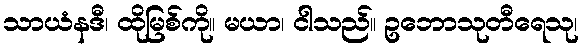
သာယံနဒီ၊ ထိုမြစ်ကို။ မယာ၊ ငါသည်။ ဥဘောသုတီရေသု၊